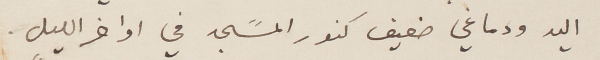
اليد ودماغي ضعيف كنور المسًجد في اواخر الليل.